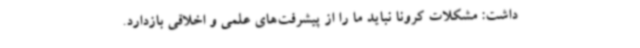
داشت: مشکلات کرونا نباید ما را از پیشرفت‌های علمی و اخلاقی بازدارد.